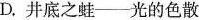
D. 井底之蛙———光的色散